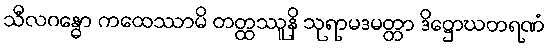
သီလဂန္ဓော ကထေဿာမိ တတ္ထဿူနိ သုရာမဒမတ္တာ ဒိဋ္ဌောဃတရဏံ